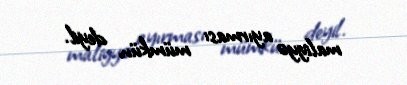
maliyyə ayırması mümkün deyil.